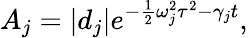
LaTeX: A_{j}=\left|d_{j}\right|e^{-\frac{1}{2}\omega_{j}^{2}\tau^{2}-\gamma_{j}t},